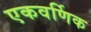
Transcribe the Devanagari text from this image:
एकवर्णिक